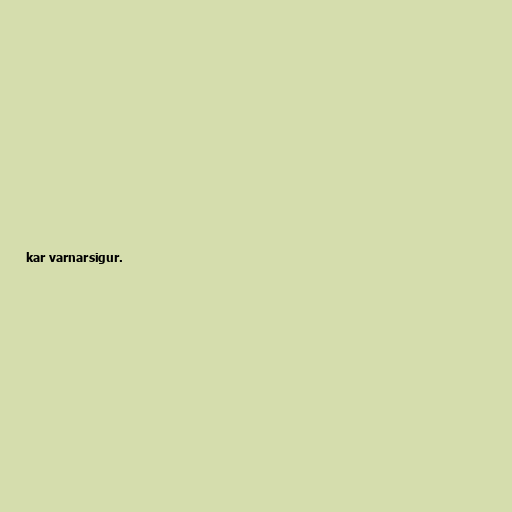
kar varnarsigur.